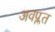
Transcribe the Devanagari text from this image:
अवप्लत